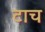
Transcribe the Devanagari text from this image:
टाच